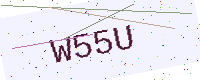
Text: W55U